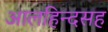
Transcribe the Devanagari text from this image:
आलहिन्दसह